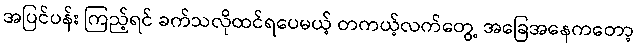
အပြင်ပန်း ကြည့်ရင် ခက်သလိုထင်ရပေမယ့် တကယ့်လက်တွေ့ အခြေအနေကတော့